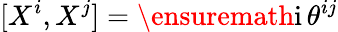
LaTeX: [X^{i},X^{j}]=\ensuremath{\mathrm{i}}\, \theta^{ij}